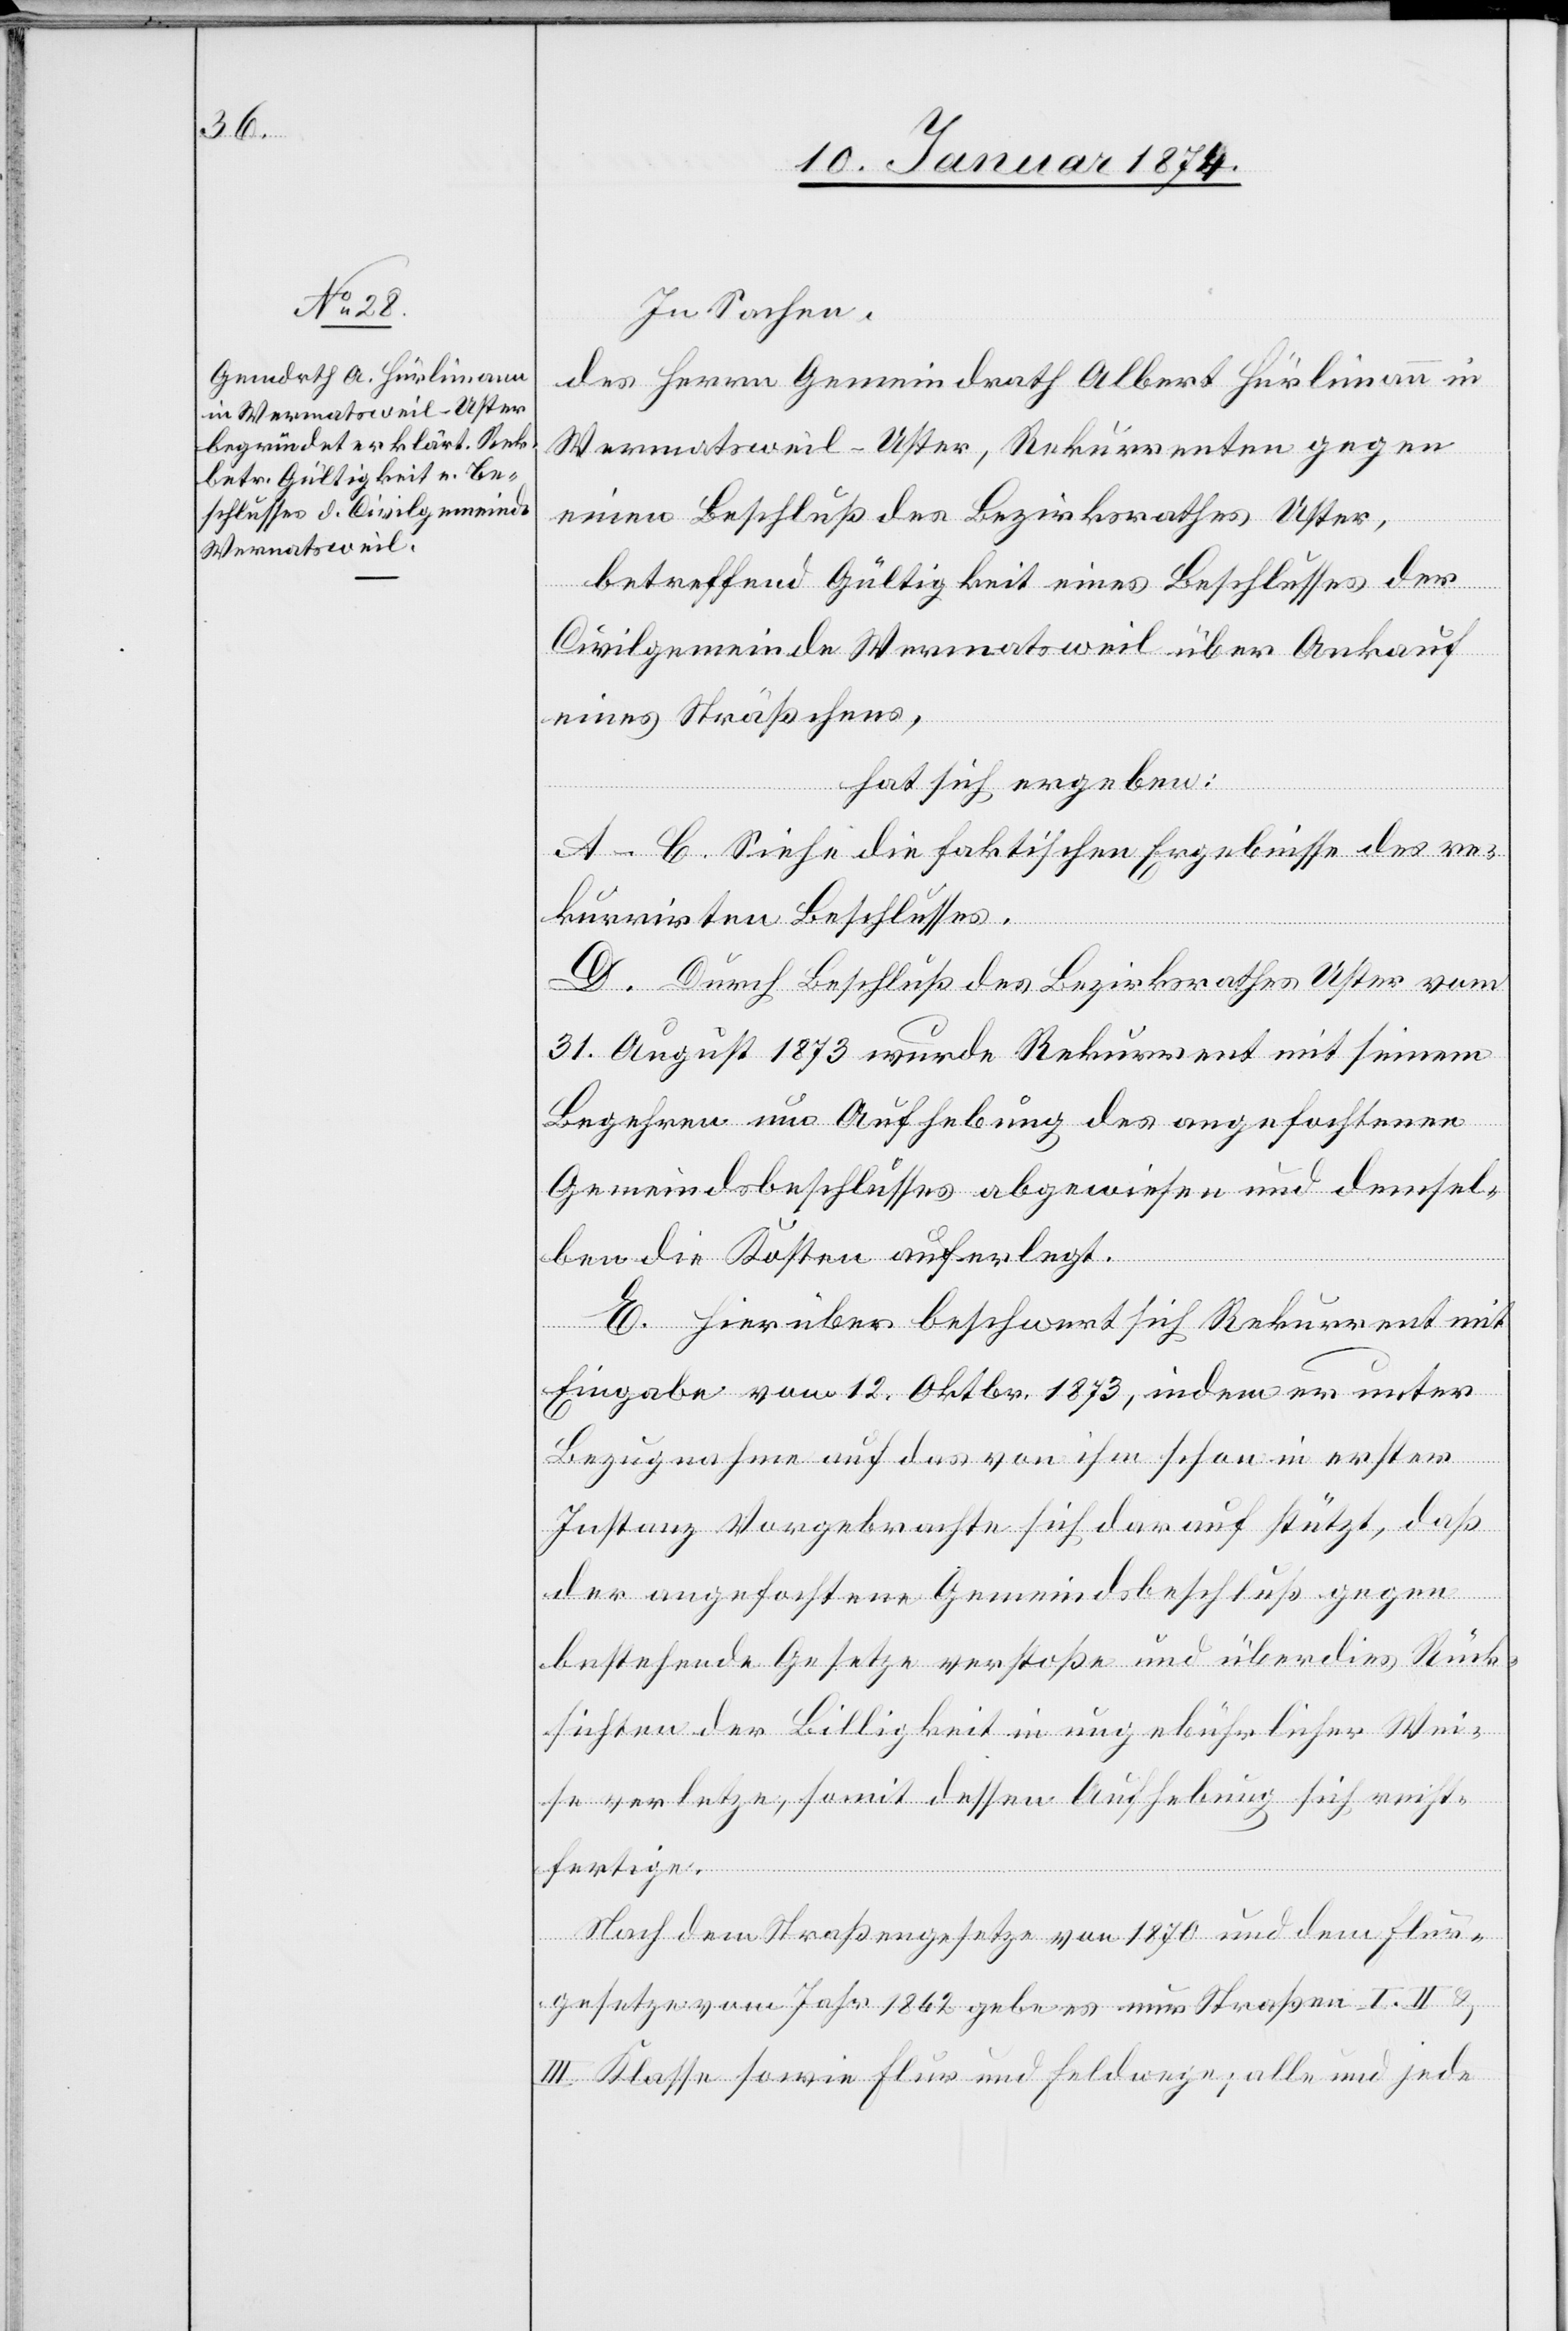
In Sachen,
des Herrn Gemeindrath Albert Hürlimann in
Wermatsweil-Uster, Rekurrenten gegen
einen Beschluß des Bezirksrathes Uster,
betreffend Gültigkeit eines Beschlusses der
Civilgemeinde Wermatsweil über Ankauf
eines Sträßchens,
hat sich ergeben:
A–C. Siehe die faktischen Ergebnisse des re¬
kurrirten Beschlusses.
D. Durch Beschluß des Bezirksrathes Uster vom
31. August 1873 wurde Rekurrent mit seinem
Begehren um Aufhebung des angefochtenen
Gemeindsbeschlußes abgewiesen und demsel¬
ben die Kosten auferlegt.
E. Hierüber beschwert sich Rekurrent mit
Eingabe vom 12. Oktober 1873, indem er unter
Bezugnahme auf das von ihm schon in erster
Instanz Vorgebrachte sich darauf stützt, daß
der angehaltene Gemeindsbeschluß gegen
bestehende Gesetze verstoße und überdies Rück¬
sichten der Billigkeit in ungebührlicher Wei¬
se verletzte, somit dessen Aufhebung sich recht¬
fertige.
Nach dem Straßengesetze von 1870 und dem Flur¬
gesetze vom Jahre 1862 gebe es nur Straßen I.[,] II.
III. Klasse sowie Flur und Feldwege; alle und jede